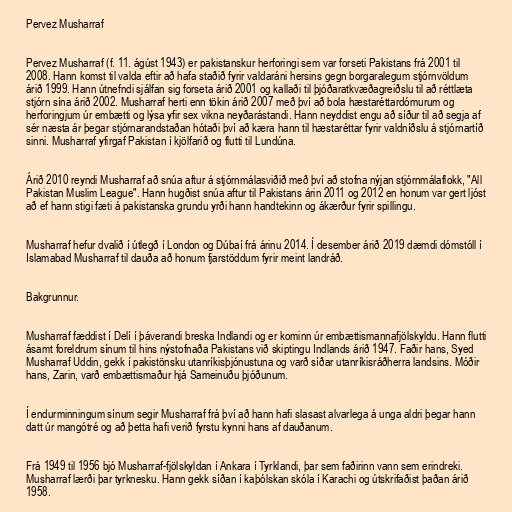
Pervez Musharraf

Pervez Musharraf (f. 11. ágúst 1943) er pakistanskur herforingi sem var forseti Pakistans frá 2001 til
2008. Hann komst til valda eftir að hafa staðið fyrir valdaráni hersins gegn borgaralegum stjórnvöldum
árið 1999. Hann útnefndi sjálfan sig forseta árið 2001 og kallaði til þjóðaratkvæðagreiðslu til að réttlæta
stjórn sína árið 2002. Musharraf herti enn tökin árið 2007 með því að bola hæstaréttardómurum og
herforingjum úr embætti og lýsa yfir sex vikna neyðarástandi. Hann neyddist engu að síður til að segja af
sér næsta ár þegar stjórnarandstaðan hótaði því að kæra hann til hæstaréttar fyrir valdníðslu á stjórnartíð
sinni. Musharraf yfirgaf Pakistan í kjölfarið og flutti til Lundúna.

Árið 2010 reyndi Musharraf að snúa aftur á stjórnmálasviðið með því að stofna nýjan stjórnmálaflokk, "All
Pakistan Muslim League". Hann hugðist snúa aftur til Pakistans árin 2011 og 2012 en honum var gert ljóst
að ef hann stigi fæti á pakistanska grundu yrði hann handtekinn og ákærður fyrir spillingu.

Musharraf hefur dvalið í útlegð í London og Dúbaí frá árinu 2014. Í desember árið 2019 dæmdi dómstóll í
Islamabad Musharraf til dauða að honum fjarstöddum fyrir meint landráð.

Bakgrunnur.

Musharraf fæddist í Delí í þáverandi breska Indlandi og er kominn úr embættismannafjölskyldu. Hann flutti
ásamt foreldrum sínum til hins nýstofnaða Pakistans við skiptingu Indlands árið 1947. Faðir hans, Syed
Musharraf Uddin, gekk í pakistönsku utanríkisþjónustuna og varð síðar utanríkisráðherra landsins. Móðir
hans, Zarin, varð embættismaður hjá Sameinuðu þjóðunum.

Í endurminningum sínum segir Musharraf frá því að hann hafi slasast alvarlega á unga aldri þegar hann
datt úr mangótré og að þetta hafi verið fyrstu kynni hans af dauðanum.

Frá 1949 til 1956 bjó Musharraf-fjölskyldan í Ankara í Tyrklandi, þar sem faðirinn vann sem erindreki.
Musharraf lærði þar tyrknesku. Hann gekk síðan í kaþólskan skóla í Karachi og útskrifaðist þaðan árið
1958.